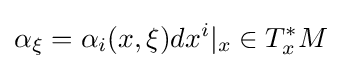
\alpha _{\xi }=\alpha _{i}(x,\xi )dx^{i}|_{x}\in T_{x}^{*}M